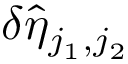
\delta \hat { \eta } _ { j _ { 1 } , j _ { 2 } }